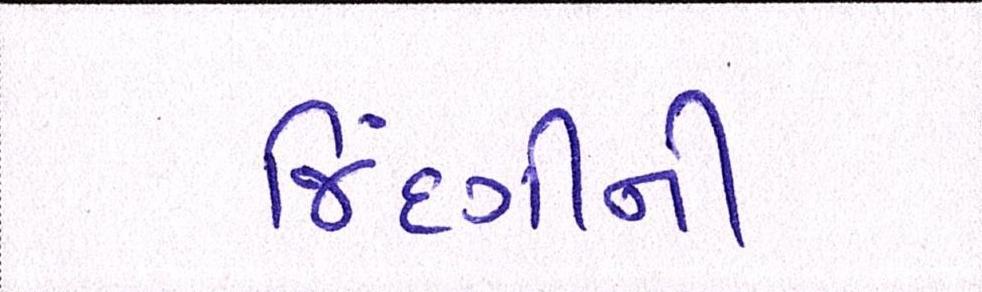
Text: જિંદગીની